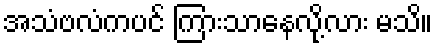
အသံဗလံကပင် ကြားသာနေလို့လား မသိ။